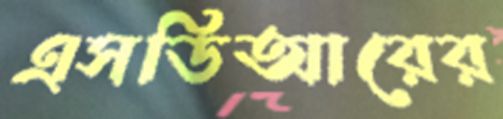
এসডিআরের